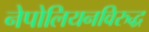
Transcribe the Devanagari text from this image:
नेपोलियनविरुद्ध